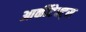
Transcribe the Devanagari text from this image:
आर्कीटेक्ट्स